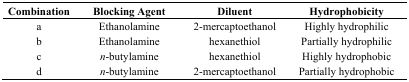
| Combination | Blocking Agent | Diluent | Hydrophobicity |
 | --- | --- | --- | --- |
 | a | Ethanolamine | 2-mercaptoethanol | Highly hydrophilic |
 | b | Ethanolamine | hexanethiol | Partially hydrophilic |
 | c | n-butylamine | hexanethiol | Highly hydrophobic |
 | d | n-butylamine | 2-mercaptoethanol | Partially hydrophobic |